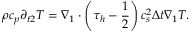
\rho { c _ { p } } { \partial _ { t 2 } } T = { \nabla _ { 1 } } \cdot \left( { { \tau _ { h } } - \frac { 1 } { 2 } } \right) c _ { s } ^ { 2 } \Delta t { \nabla _ { 1 } } T .